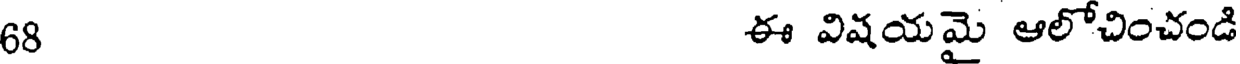
68 ఈ విషయమై ఆలోచించండి